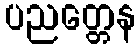
ပညတ္တေန